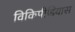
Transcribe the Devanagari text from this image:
विकिपीडियास